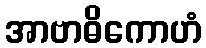
အာဗာဓိကောဟံ